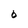
Character: O